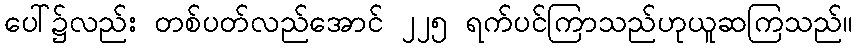
ပေါ်၌လည်း တစ်ပတ်လည်အောင် ၂၂၅ ရက်ပင်ကြာသည်ဟုယူဆကြသည်။